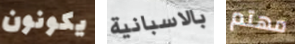
يكونون بالاسبانية مهتم